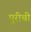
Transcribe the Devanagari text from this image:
पुरीची